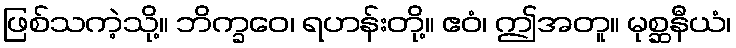
ဖြစ်သကဲ့သို့။ ဘိက္ခဝေ၊ ရဟန်းတို့။ ဧဝံ၊ ဤအတူ။ မုစ္ဆနီယံ၊